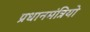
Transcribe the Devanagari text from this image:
प्रधानमंत्रियो